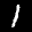
Label: 1